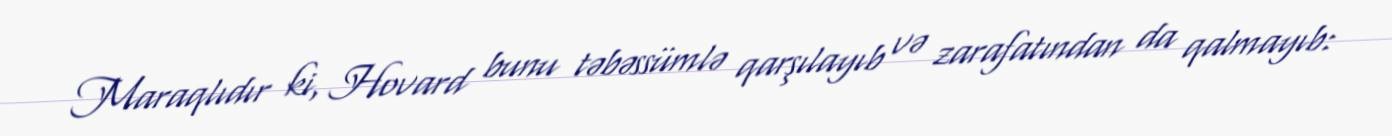
Maraqlıdır ki, Hovard bunu təbəssümlə qarşılayıb və zarafatından da qalmayıb: